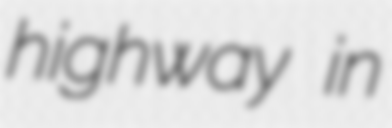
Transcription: highway in